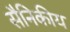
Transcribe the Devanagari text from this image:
सैनिकीय